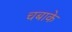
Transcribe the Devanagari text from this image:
चबाके